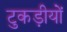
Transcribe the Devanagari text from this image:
टुकड़ीयों